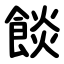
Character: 餤